Vaccination report Assam 1874-1896 - 1874-1896
Year: 1874
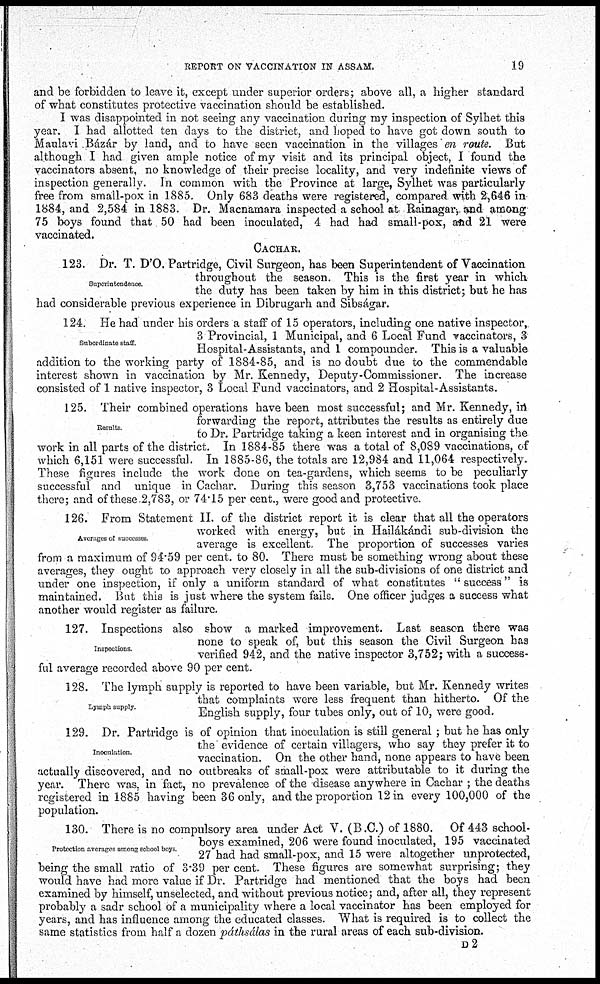
REPORT ON VACCINATION IN ASSAM.
19
and be forbidden to leave it, except under superior orders; above all, a higher standard
of what constitutes protective vaccination should be established.
I was disappointed in not seeing any vaccination during my inspection of Sylhet this
year. I had allotted ten days to the district, and hoped to have got down south to
Maulavi Bázár by land, and to have seen vaccination in the villages en route. But
although I had given ample notice of my visit and its principal object, I found the
vaccinators absent, no knowledge of their precise locality, and very indefinite views of
inspection generally. In common with the Province at large, Sylhet was particularly
free from small-pox in 1885. Only 683 deaths were registered, compared with 2,646 in
1884, and 2,584 in 1883. Dr. Macnamara inspected a school at Rainagar, and among
75 boys found that 50 had been inoculated, 4 had had small-pox, and 21 were
vaccinated.
CACHAR.
Superintendence.
123. Dr. T. D'O. Partridge, Civil Surgeon, has been Superintendent of Vaccination
throughout the season. This is the first year in which
the duty has been taken by him in this district; but he has
had considerable previous experience in Dibrugarh and Sibságar.
Subordinate staff.
124. He had under his orders a staff of 15 operators, including one native inspector,
3 Provincial, 1 Municipal, and 6 Local Fund vaccinators, 3
Hospital-Assistants, and 1 compounder. This is a valuable
addition to the working party of 1884-85, and is no doubt due to the commendable
interest shown in vaccination by Mr. Kennedy, Deputy-Commissioner. The increase
consisted of 1 native inspector, 3 Local Fund vaccinators, and 2 Hospital-Assistants.
Results
125. Their combined operations have been most successful; and Mr. Kennedy, in
forwarding the report, attributes the results as entirely due
to Dr. Partridge taking a keen interest and in organising the
work in all parts of the district. In 1884-85 there was a total of 8,089 vaccinations, of
which 6,151 were successful. In 1885-86, the totals are 12,984 and 11,064 respectively.
These figures include the work done on tea-gardens, which seems to be peculiarly
successful and unique in Cachar. During this season 3,753 vaccinations took place
there; and of these 2,783, or 74.15 per cent., were good and protective.
Averages of successes
126. From Statement II. of the district report it is clear that all the operators
worked with energy, but in Hailákándi sub-division the
average is excellent. The proportion of successes varies
from a maximum of 94.59 per cent. to 80. There must be something wrong about these
averages, they ought to approach very closely in all the sub-divisions of one district and
under one inspection, if only a uniform standard of what constitutes " success" is
maintained. But this is just where the system fails. One officer judges a success what
another would register as failure.
Inspections.
127. Inspections also show a marked improvement. Last season there was
none to speak of, but this season the Civil Surgeon has
verified 942, and the native inspector 3,752; with a success-
ful average recorded above 90 per cent.
Lymph supply.
128. The lymph supply is reported to have been variable, but Mr. Kennedy writes
that complaints were less frequent than hitherto. Of the
English supply, four tubes only, out of 10, were good.
Inoculation.
129. Dr. Partridge is of opinion that inoculation is still general ; but he has only
the evidence of certain villagers, who say they prefer it to
vaccination. On the other hand, none appears to have been
actually discovered, and no outbreaks of small-pox were attributable to it during the
year. There was, in fact, no prevalence of the disease any where in Cachar ; the deaths
registered in 1885 having been 36 only, and the proportion 12 in every 100,000 of the
population.
Protection averages among school boys
130. There is no compulsory area under Act V. (B.C.) of 1880. Of 443 school-
boys examined, 206 were found inoculated, 195 vaccinated
27 had had small-pox, and 15 were altogether unprotected,
being the small ratio of 3.39 per cent. These figures are somewhat surprising; they
would have had more value if Dr. Partridge had mentioned that the boys had been
examined by himself, unselected, and without previous notice; and, after all, they represent
probably a sadr school of a municipality where a local vaccinator has been employed for
years, and has influence among the educated classes. What is required is to collect the
same statistics from half a dozen páthsálas in the rural areas of each sub-division.
D2